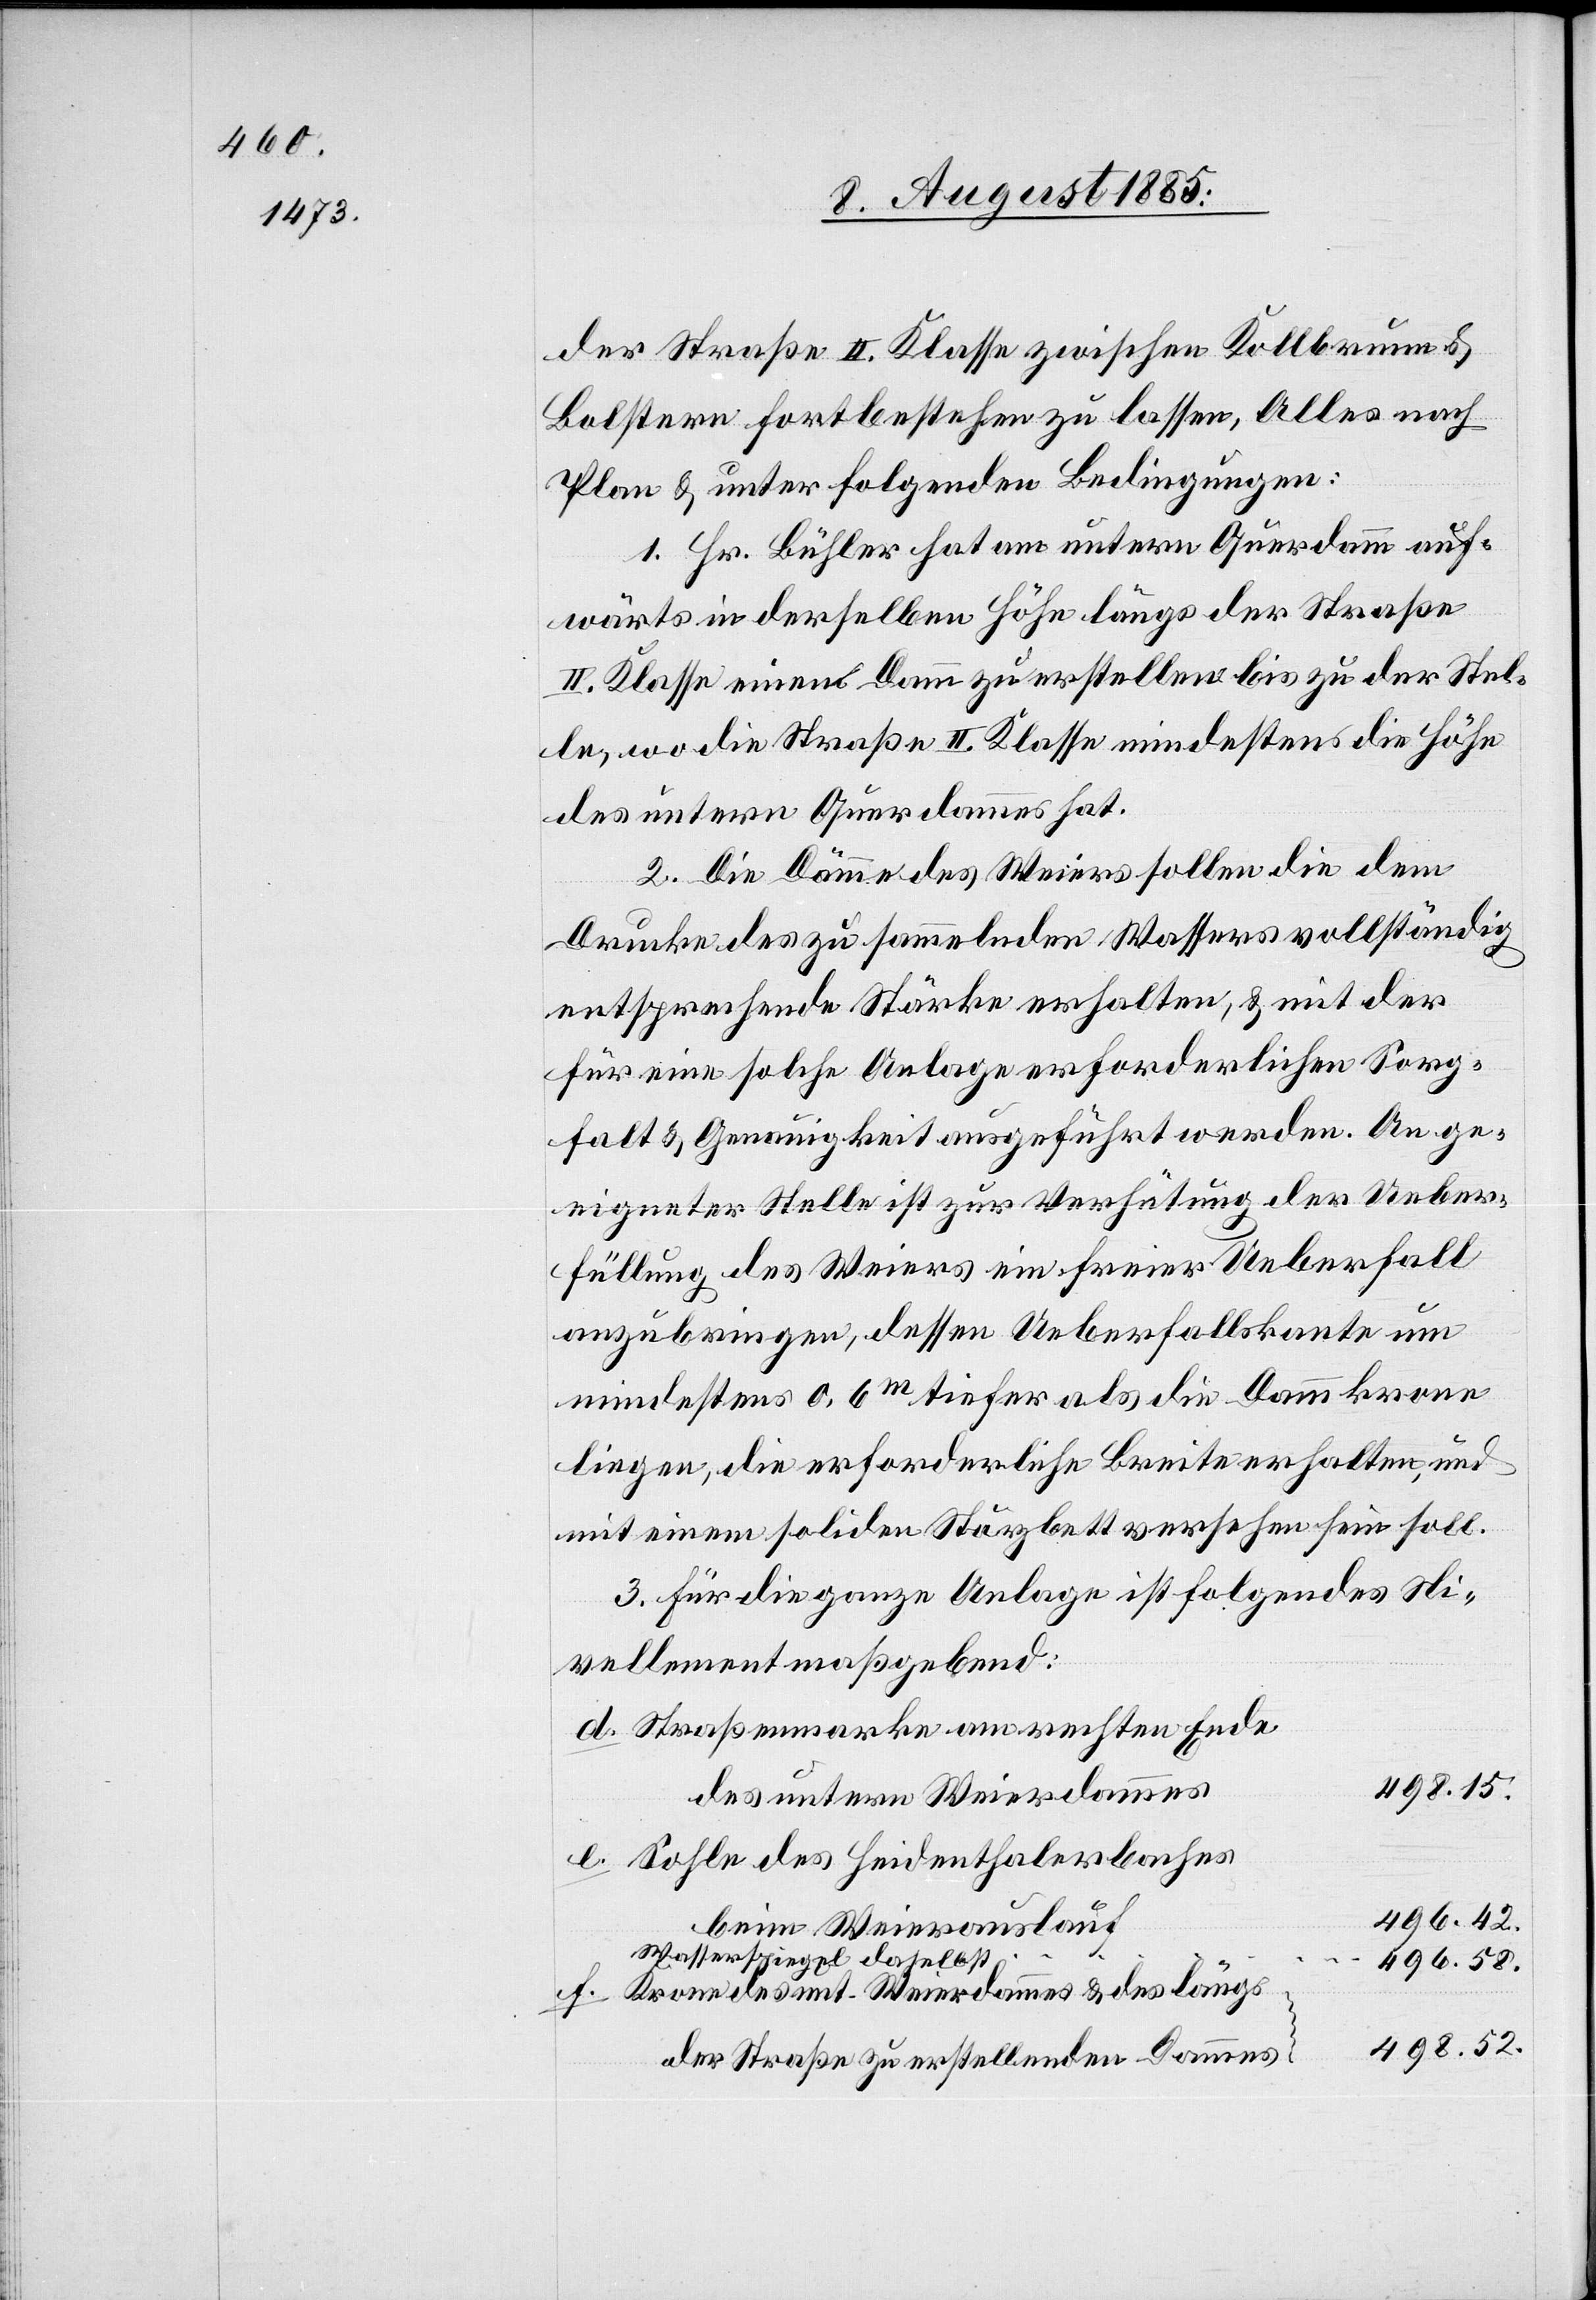
der Straße II. Klasse zwischen Kollbrunn &
Bolstern fortbestehen zu lassen, Alles nach
Plan & unter folgenden Bedingungen:
1. Hr. Bühler hat am untern Querdamm auf¬
wärts in derselben Höhe längs der Straße
II. Klasse eine Damm zu erstellen bis zu der Stel¬
le, wo die Straße II. Klasse mindestens die Höhe
des untern Querdammes hat.
2. Die Dämme des Weiers sollen die dem
Drucke des zu sammelnden Wassers vollständig
entsprechende Stärke erhalten, & mit der
für eine solche Anlage erforderlichen Sorg¬
falt & Genauigkeit ausgeführt werden. An ge¬
eigneter Stelle ist zur Verhütung der Ueber¬
füllung des Weiers ein freier Ueberfall
anzubringen, dessen Ueberfallskante um
mindestens 0,6m tiefer als die Dammkrone
liegen, die erforderliche Breite erhalten, und
mit einem soliden Sturzbett versehen sein soll.
3. Für die ganze Anlage ist folgendes Ni¬
vellement maßgebend:
Straßenmarke am rechten Ende
498.15.
des untern Weierdammes
Sohle des Heidenthalerbaches
beim Weierauslauf
Wasserspiegel daselbst
496.58.
Krone des unt. Weierdammes & des längs
498.52.
der Straße zu erstellenden Dammes